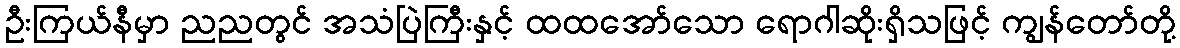
ဦးကြယ်နီမှာ ညညတွင် အသံပြဲကြီးနှင့် ထထအော်သော ရောဂါဆိုးရှိသဖြင့် ကျွန်တော်တို့